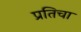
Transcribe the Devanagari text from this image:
प्रतिचा